Report of the Hyderabad Chloroform Commission
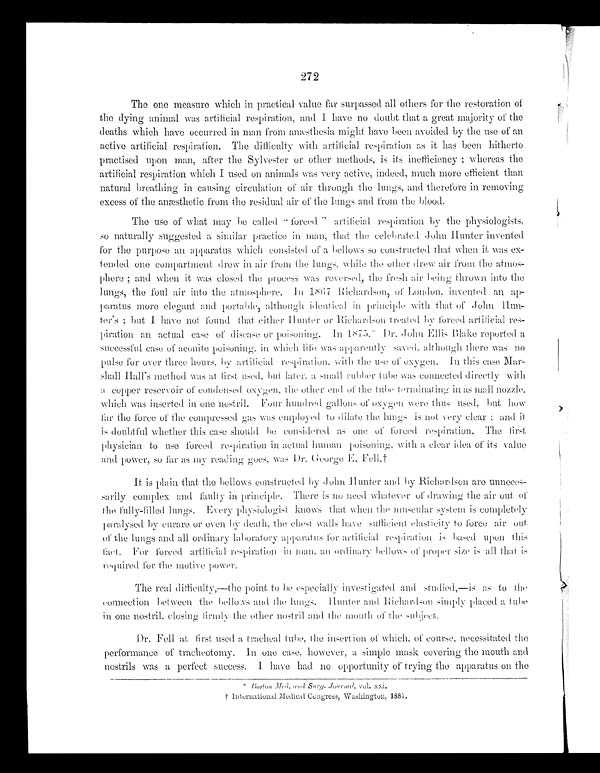
272
The one measure which in practical value far surpassed all others for the restoration of
the dying animal was artificial respiration, and I have no doubt that a great majority of the
deaths which have occurred in man from anæsthesia might have been avoided by the use of an
active artificial respiration. The difficulty with artificial respiration as it has been hitherto
practised upon man, after the Sylvester or other methods, is ifs inefficiency; whereas the
artificial respiration which I used on animals was very active, indeed, much more efficient than
natural breathing in causing circulation of air through the lungs, and therefore in removing
excess of the anæsthetic from the residual air of the lungs and from the blood.
The use of what may be called "forced" artificial respiration by the physiologists,
so naturally suggested a similar practice in man, that the celebrated John Hunter invented
for the purpose an apparatus which consisted of a bellows so constructed that when it was ex--
tended one compartment drew in air from the lungs, while the other drew air from the atmos
-phere; and when it was closed the process was reversed, the fresh air being thrown into the
lungs, the foul air into the atmosphere. In 1867 Richardson, of London, invented an ap
-paratus more elegant and portable, although identical in principle with that of John
Hun-ter's; but I have not found that either Hunter or Richardson treated by forced artificial res-
-piration an actual case of disease or poisoning, In 1875.*
Dr. John Ellis Blake reported a
successful case of aconite poisoning, in which life was apparently saved, although there was no
pulse for over three hours, by artificial respiration, with the use of oxygen. In this case Mar
-shall Hall's method was at first used, but later, a small rubber tube was connected directly with
a copper reservoir of condensed oxygen, the other end of the tube terminating in as mall nozzle,
which was inserted in one nostril. Four hundred gallons of oxygen were thus used, but how
far the force of the compressed gas was employed to dilate the lungs is not very clear; and it
is doubtful whether this case should be considered as one of forced respiration. The first
physician to use forced respiration in actual human poisoning, with a clear idea, of its value
and power, so far as my reading goes, was Dr. George E. Fell.†
It is plain that the bellows constructed by John Hunter and by Richardson are unneces-
sarily complex and faulty in principle. There is no need whatever of drawing the air out of
the fully-filled lungs. Every physiologist knows that when the muscular system is completely
paralysed by curare or even by death, the chest walls have sufficient elasticity to force air out
of the lungs and all ordinary laboratory apparatus for artificial respiration is based upon this
fact. For forced artificial respiration in man an ordinary bellows of proper size is all that is
required for the motive power.
The real difficulty,—
the point to be especially investigated and studied,—is as to the
connection between the bellows and the lungs.
Hunter and Richardson simply placed a tube
in one nostril, closing firmly the other nostril and the mouth of the subject,
Dr. Fell at first used a tracheal tube, the insertion of which, of course, necessitated the
performance of tracheotomy. In one case, however, a simple mask covering the mouth and
nostrils was a perfect success. I have had no opportunity of trying the apparatus on the
* Boston Med. and Surg. Journal, vol. xxi.
† International Medical Congress, Washington, 1887.